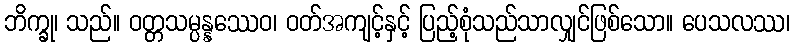
ဘိက္ခု၊ သည်။ ဝတ္တသမ္ပန္နဿေဝ၊ ဝတ်အကျင့်နှင့် ပြည့်စုံသည်သာလျှင်ဖြစ်သော။ ပေသလဿ၊